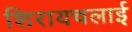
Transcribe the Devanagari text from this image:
शिरायचलाई